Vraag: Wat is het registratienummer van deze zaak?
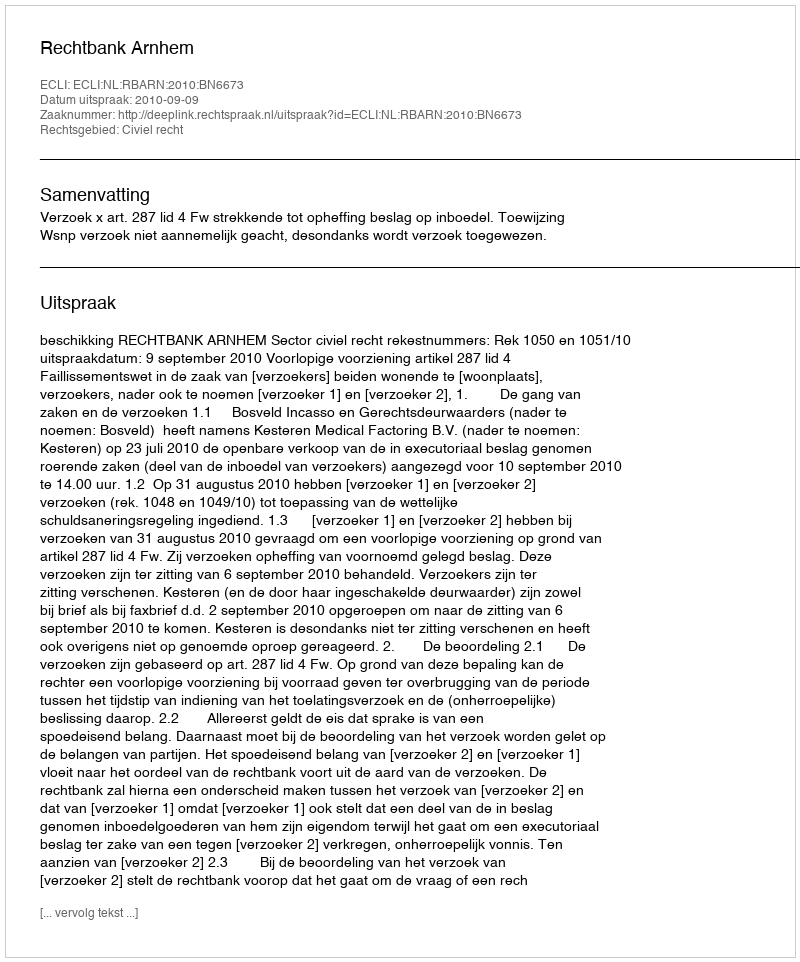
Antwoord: http://deeplink.rechtspraak.nl/uitspraak?id=ECLI:NL:RBARN:2010:BN6673